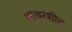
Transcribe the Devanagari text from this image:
आचरशील